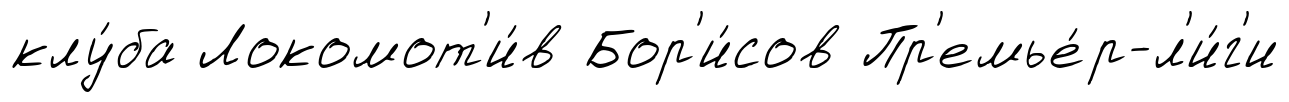
клу́ба Локомот'и́в Бор'и́сов Пр'емье́р-л'и́г'и